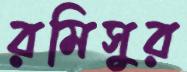
রমিসুর